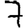
Digit: 7